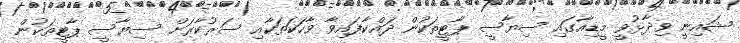
ޝައިނީ ވިދާޅުވީ މީޑިއާގައި ސިޔާސީ ޕާޓީތަކުން ދައްކާފައިވާ ވާހަކަތަކާއި ސަރުކާރަށް ސިޔާސީ ޕާޓީތަކުން